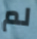
لم